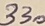
Text: 330